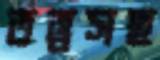
তত্ত্বসহ